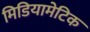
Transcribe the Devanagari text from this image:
मिडियामेटिक